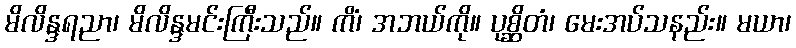
မိလိန္ဒရညာ၊ မိလိန္ဒမင်းကြီးသည်။ ကိံ၊ အဘယ်ကို။ ပုစ္ဆိတံ၊ မေးအပ်သနည်း။ မယာ၊